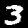
Label: 3